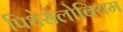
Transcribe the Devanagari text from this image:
पिथेसेलोबियम